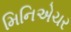
મિનિએચર